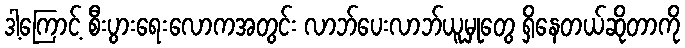
ဒါ့ကြောင့် စီးပွားရေးလောကအတွင်း လာဘ်ပေးလာဘ်ယူမှုတွေ ရှိနေတယ်ဆိုတာကို